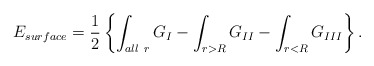
\begin{align*}E_{surface} = {1\over2} \left\{ \int_{ \small all\ r} G_I - \int_{r>R} G_{II} - \int_{r<R} G_{III} \right\}.\end{align*}